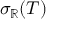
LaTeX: \sigma _ { \mathbb { R } } ( T )